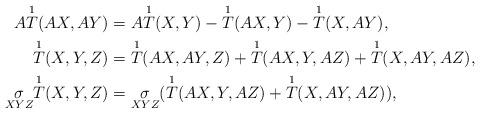
LaTeX: \begin{align*} A\overset{1}{T}(AX,AY) & =A\overset{1}{T}(X,Y) - \overset{1}{T}(AX,Y) - \overset{1}{T}(X,AY),\\ \overset{1}{T}(X,Y,Z) & = \overset{1}{T}(AX,AY,Z) + \overset{1}{T}(AX,Y,AZ) + \overset{1}{T}(X,AY,AZ),\\ \underset{XYZ}{\sigma} \overset{1}{T}(X,Y,Z) & = \underset{XYZ}{\sigma} (\overset{1}{T}(AX,Y,AZ) + \overset{1}{T}(X,AY,AZ)), \end{align*}